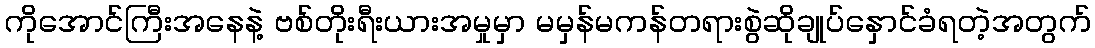
ကိုအောင်ကြီးအနေနဲ့ ဗစ်တိုးရီးယားအမှုမှာ မမှန်မကန်တရားစွဲဆိုချုပ်နှောင်ခံရတဲ့အတွက်